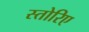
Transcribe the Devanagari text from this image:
स्तोरिए